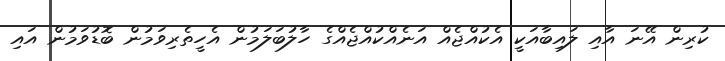
ކުރިން އޭނަ އާއި ލައިބާއަކީ އެކުއްޖެއް އަނެއްކުއްޖެއްގެ ހާލުބަލަމުން އެހީތެރިވަމުން ބޮޑުވަމުން އައި